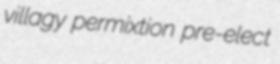
villagy permixtion pre-elect